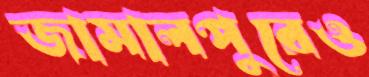
জামালপুরেও